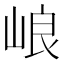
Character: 㟍